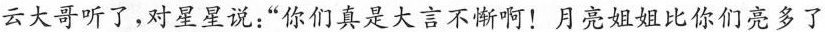
云大哥听了，对星星说：”你们真是大言不惭啊！月亮姐姐比你们亮多了